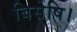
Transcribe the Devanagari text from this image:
बिसेषि।